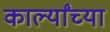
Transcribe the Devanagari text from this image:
कार्ल्यांच्या